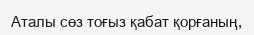
Аталы сөз тоғыз қабат қорғаның,